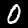
Digit: 0